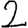
Digit: 2